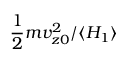
\frac { 1 } { 2 } m v _ { z 0 } ^ { 2 } / \langle H _ { 1 } \rangle